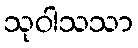
သုဝါသသာ